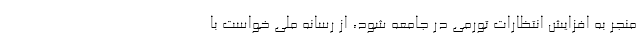
منجر به افزایش انتظارات تورمی در جامعه شود، از رسانه ملی خواست با